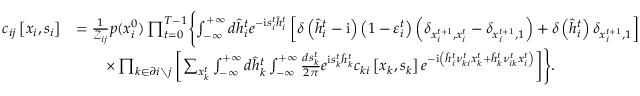
\begin{array} { r l } { c _ { i j } \left[ \boldsymbol { x } _ { i } , \boldsymbol { s } _ { i } \right] } & { = \frac { 1 } { \mathcal { Z } _ { i j } } p ( x _ { i } ^ { 0 } ) \prod _ { t = 0 } ^ { T - 1 } \Biggl \{ \int _ { - \infty } ^ { + \infty } d \hat { h } _ { i } ^ { t } e ^ { - \mathrm { i } s _ { i } ^ { t } \hat { h } _ { i } ^ { t } } \left[ \delta \left( \hat { h } _ { i } ^ { t } - \mathrm { i } \right) \left( 1 - \varepsilon _ { i } ^ { t } \right) \left( \delta _ { x _ { i } ^ { t + 1 } , x _ { i } ^ { t } } - \delta _ { x _ { i } ^ { t + 1 } , 1 } \right) + \delta \left( \hat { h } _ { i } ^ { t } \right) \delta _ { x _ { i } ^ { t + 1 } , 1 } \right] } \\ & { \qquad \times \prod _ { k \in \partial i \setminus j } \left[ \sum _ { x _ { k } ^ { t } } \int _ { - \infty } ^ { + \infty } d \hat { h } _ { k } ^ { t } \int _ { - \infty } ^ { + \infty } \frac { d s _ { k } ^ { t } } { 2 \pi } e ^ { \mathrm { i } s _ { k } ^ { t } \hat { h } _ { k } ^ { t } } c _ { k i } \left[ \boldsymbol { x } _ { k } , \boldsymbol { s } _ { k } \right] e ^ { - \mathrm { i } \left( \hat { h } _ { i } ^ { t } \nu _ { k i } ^ { t } x _ { k } ^ { t } + \hat { h } _ { k } ^ { t } \nu _ { i k } ^ { t } x _ { i } ^ { t } \right) } \right] \Biggr \} . } \end{array}